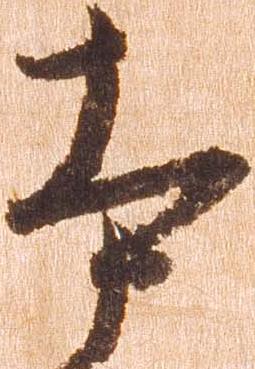
本